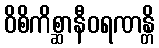
ဝိစိကိစ္ဆာနီဝရဏန္တိ